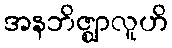
အနဘိဇ္ဈာလူဟိ